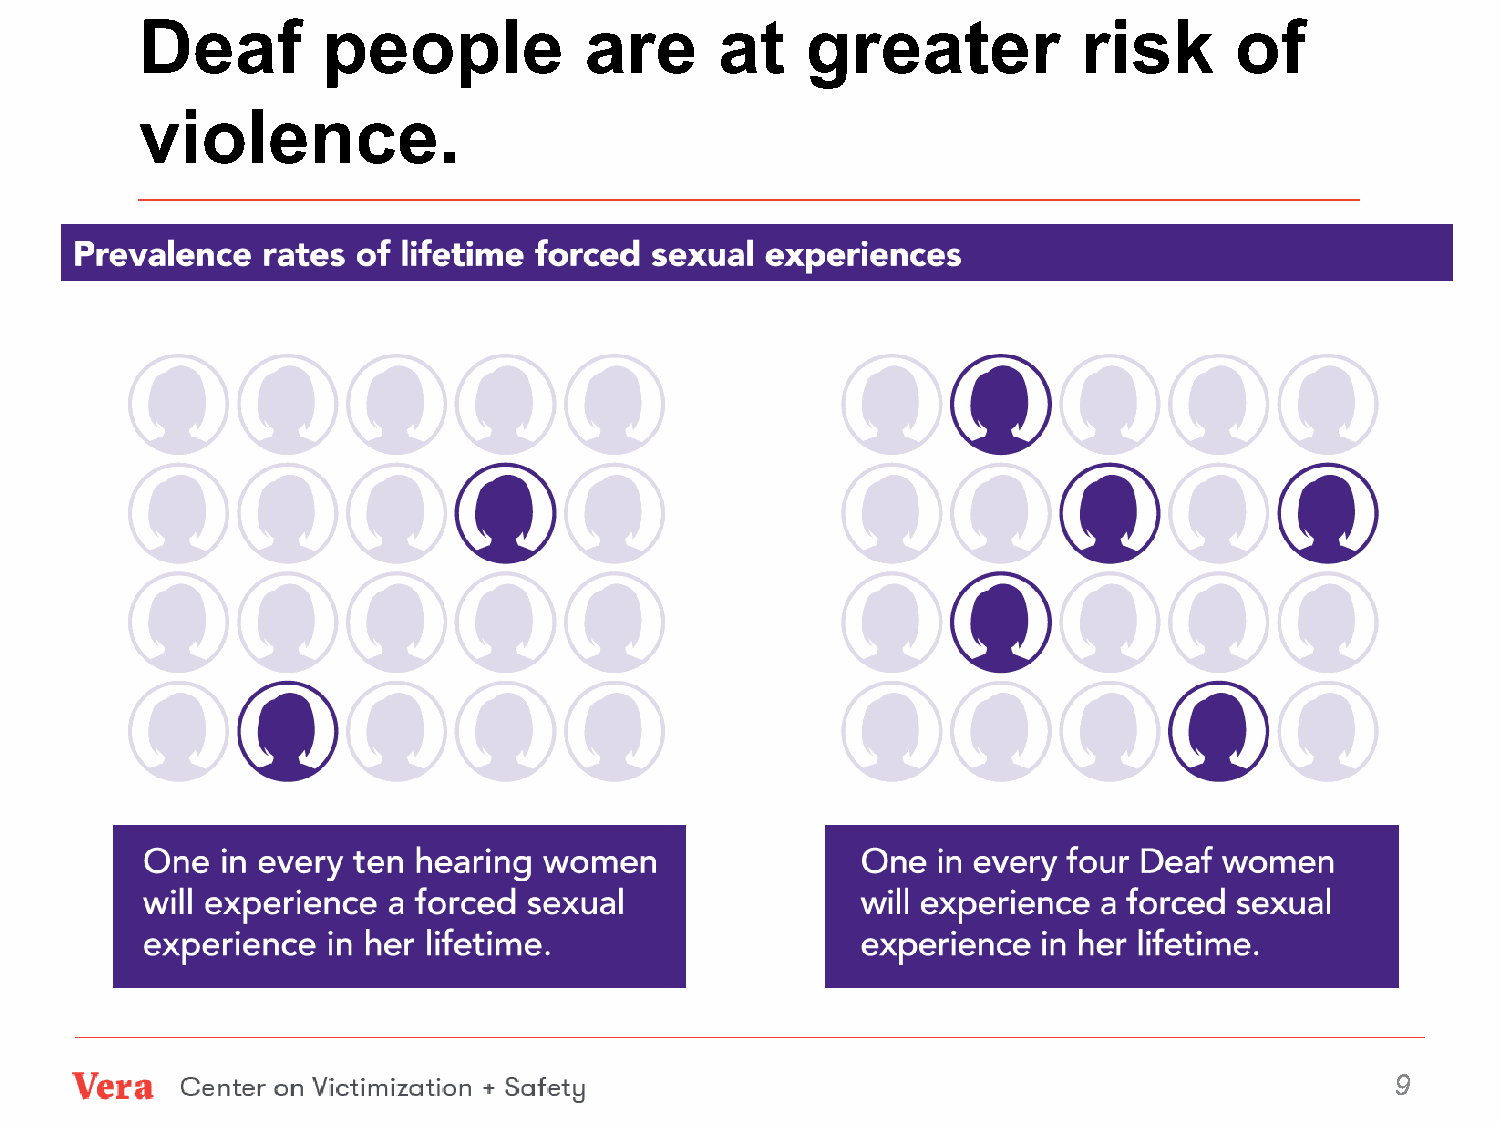
Deaf        people            are      at   greater            risk      of
 violence.
 9